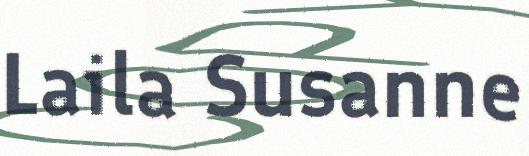
Laila Susanne